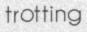
trotting